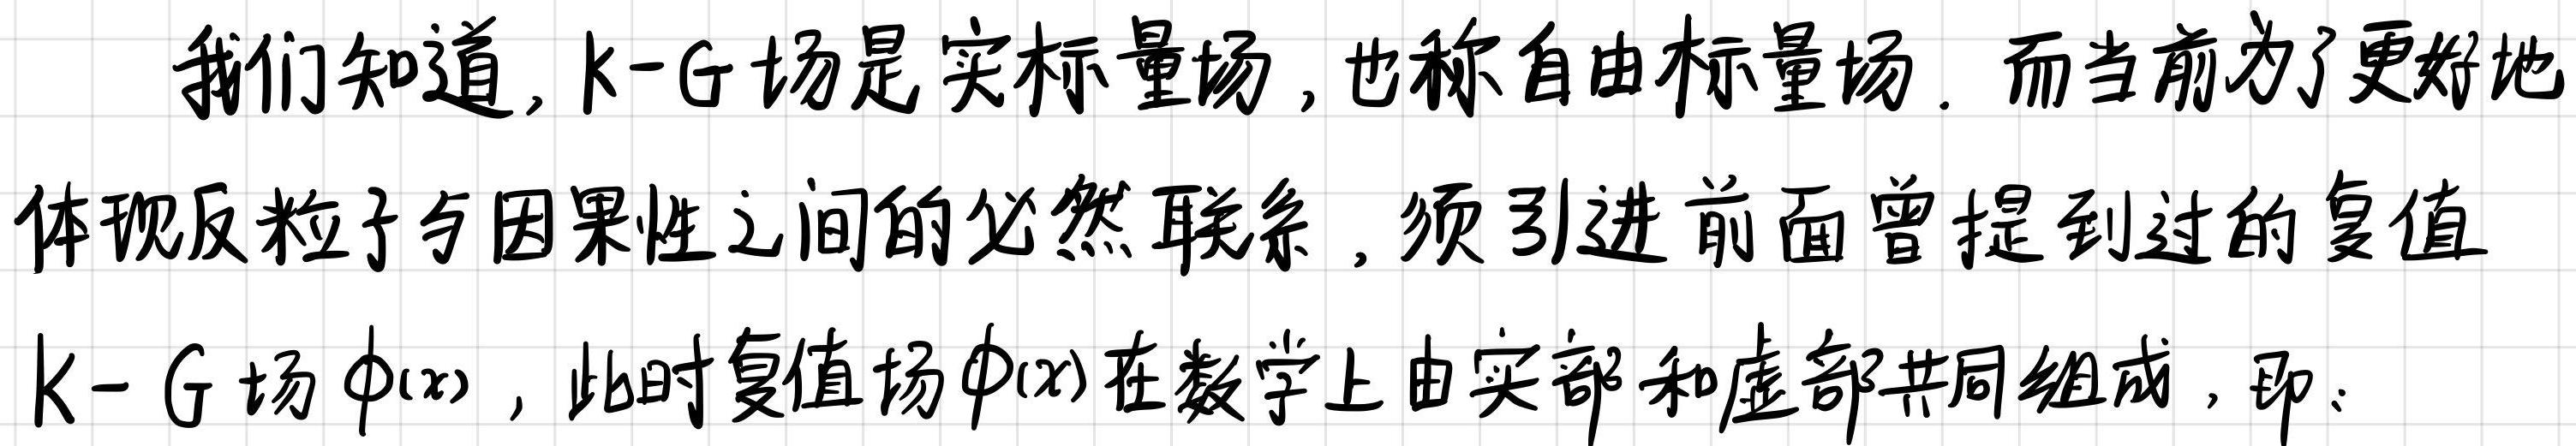
我们知道, k-G 场是实标量场, 也称自由标量场. 而当前为了更好地体现反粒子与因果性之间的必然联系, 须引进前面曾提到过的复值k-G 场$\phi(x)$ , 此时复值场$\phi(x)$在数学上由实部和虚部共同组成, 即: